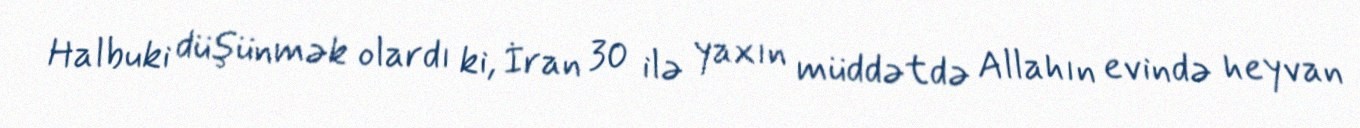
Halbuki düşünmək olardı ki, İran 30 ilə yaxın müddətdə Allahın evində heyvan